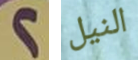
2 النيل